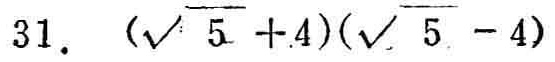
$31.\ (\sqrt{5} + 4)(\sqrt{5} - 4)$